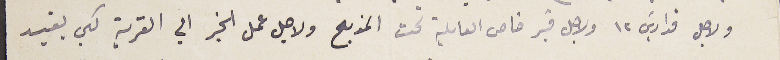
ولاجل قداديسَ ١٢ ولاجل قبر خاص العايله تحت المذبح ولاجل عمل الخير الي القرية لكي يفيد